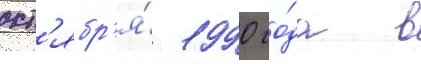
окт'ябр'я́ 1990 го́да в